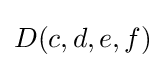
D(c,d,e,f)